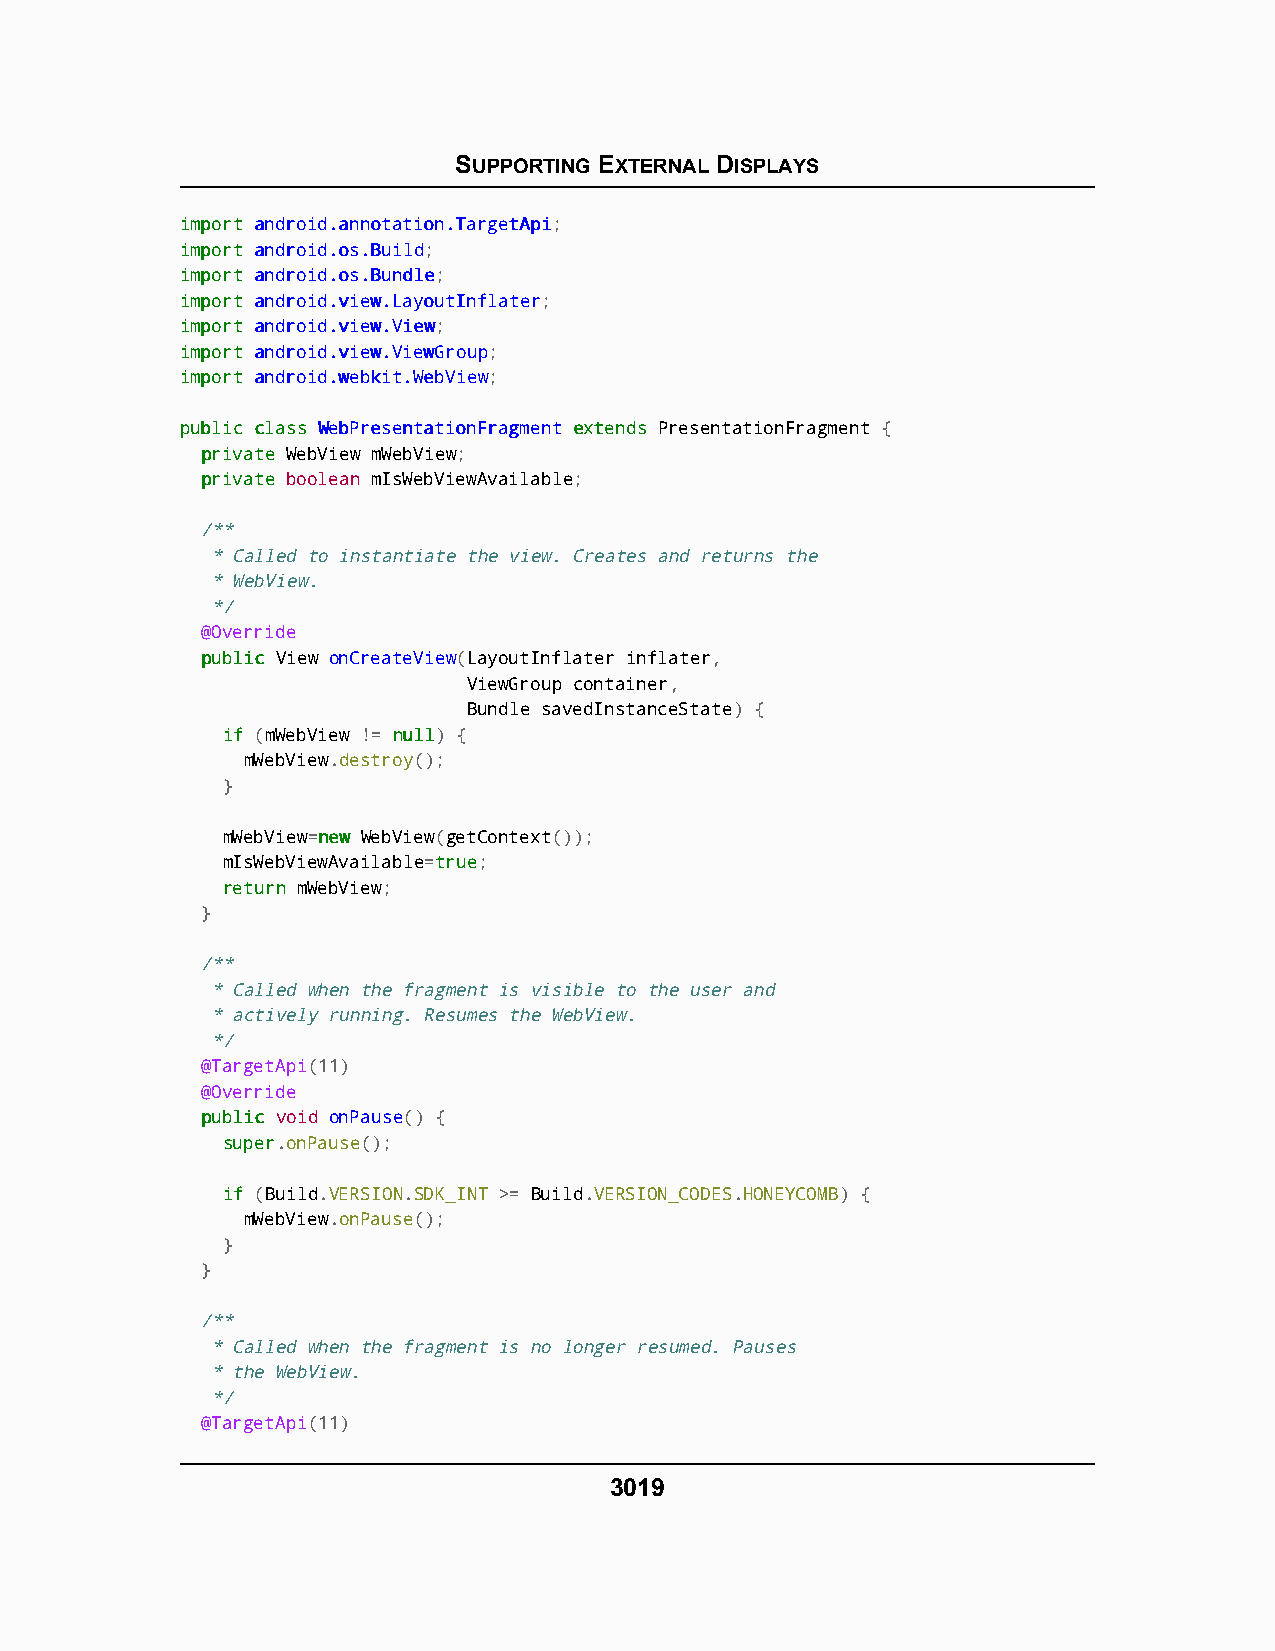
SUPPORTING EXTERNAL DISPLAYS
 iimmppoorrtt aannddrrooiidd..aannnnoottaattiioonn..TTaarrggeettAAppii;
 iimmppoorrtt aannddrrooiidd..ooss..BBuuiilldd;
 iimmppoorrtt aannddrrooiidd..ooss..BBuunnddllee;
 iimmppoorrtt aannddrrooiidd..vviieeww..LLaayyoouuttIInnffllaatteerr;
 iimmppoorrtt aannddrrooiidd..vviieeww..VViieeww;
 iimmppoorrtt aannddrrooiidd..vviieeww..VViieewwGGrroouupp;
 iimmppoorrtt aannddrrooiidd..wweebbkkiitt..WWeebbVViieeww;
 ppuubblliicc ccllaassss WWeebbPPrreesseennttaattiioonnFFrraaggmmeenntt eexxtteennddss PresentationFragment {
 pprriivvaattee WebView mWebView;
 pprriivvaattee boolean mIsWebViewAvailable;
 /**
 * Called to instantiate the view. Creates and returns the
 * WebView.
 */
 @Override
 ppuubblliicc View onCreateView(LayoutInflater inflater,
 ViewGroup container,
 Bundle savedInstanceState) {
 iiff (mWebView != nnuullll) {
 mWebView.destroy();
 }
 mWebView=nneeww WebView(getContext());
 mIsWebViewAvailable=ttrruuee;
 rreettuurrnn mWebView;
 }
 /**
 * Called when the fragment is visible to the user and
 * actively running. Resumes the WebView.
 */
 @TargetApi(11)
 @Override
 ppuubblliicc void onPause() {
 ssuuppeerr.onPause();
 iiff (Build.VERSION.SDK_INT >= Build.VERSION_CODES.HONEYCOMB) {
 mWebView.onPause();
 }
 }
 /**
 * Called when the fragment is no longer resumed. Pauses
 * the WebView.
 */
 @TargetApi(11)
 3019